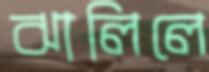
ঝালিলে